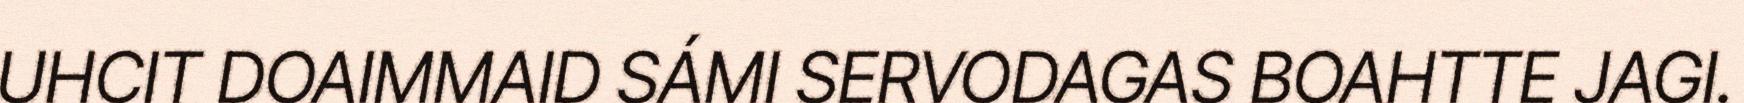
UHCIT DOAIMMAID SÁMI SERVODAGAS BOAHTTE JAGI.